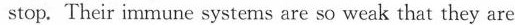
stop. Their immune systems are so weak that they are